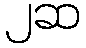
၂ဆ